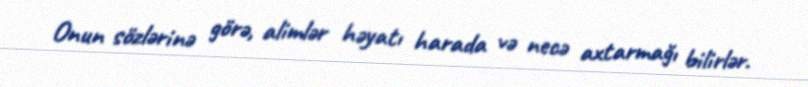
Onun sözlərinə görə, alimlər həyatı harada və necə axtarmağı bilirlər.